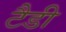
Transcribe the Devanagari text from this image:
टैडी